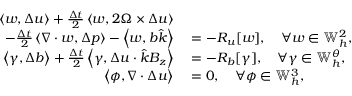
\begin{array} { r l } { \left\langle w , \Delta u \right\rangle + \frac { \Delta t } { 2 } \left\langle w , 2 \Omega \times \Delta u \right\rangle } & { { } } \\ { \qquad - \frac { \Delta t } { 2 } \left\langle \nabla \cdot w , \Delta p \right\rangle - \left\langle w , b \hat { k } \right\rangle } & { { } = - R _ { u } [ w ] , \quad \forall w \in \mathbb { W } _ { h } ^ { 2 } , } \\ { \left\langle \gamma , \Delta b \right\rangle + \frac { \Delta t } { 2 } \left\langle \gamma , \Delta u \cdot \hat { k } B _ { z } \right\rangle } & { { } = - R _ { b } [ \gamma ] , \quad \forall \gamma \in \mathbb { W } _ { h } ^ { \theta } , } \\ { \left\langle \phi , \nabla \cdot \Delta u \right\rangle } & { { } = 0 , \quad \forall \phi \in \mathbb { W } _ { h } ^ { 3 } , } \end{array}